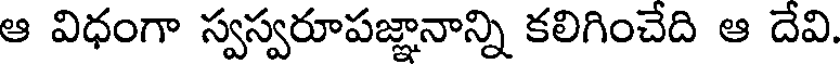
ఆ విధంగా స్వస్వరూపజ్ఞానాన్ని కలిగించేది ఆ దేవి.